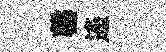
罄遙